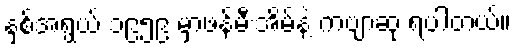
နှစ်အရွယ် ၁၉၅၉ မှာဖန်မီးအိမ်နဲ့ ကဗျာဆု ရပါတယ်။